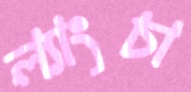
ল্যাংচা